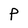
Character: p